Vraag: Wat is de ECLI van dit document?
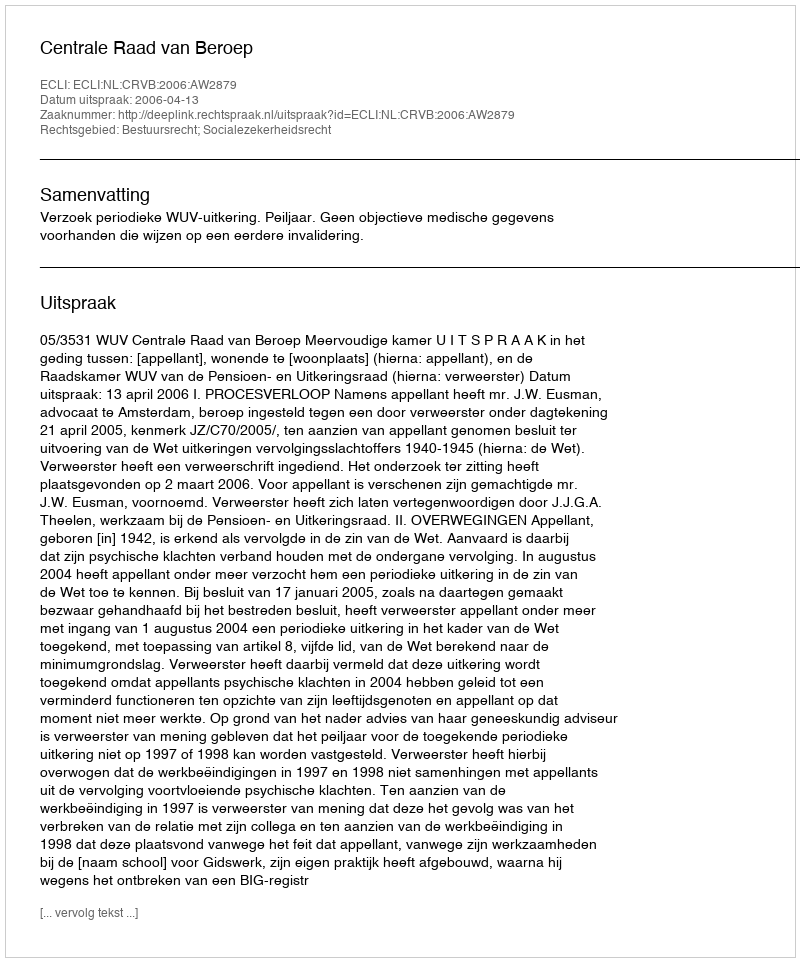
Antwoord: ECLI:NL:CRVB:2006:AW2879